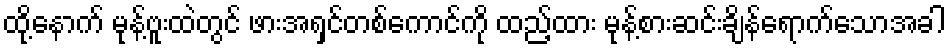
ထို့နောက် မုန့်ဗူးထဲတွင် ဖားအရှင်တစ်ကောင်ကို ထည့်ထား မုန့်စားဆင်းချိန်ရောက်သောအခါ